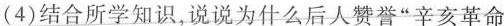
(4)结合所学知识，说说为什么后人赞誉”辛亥革命